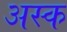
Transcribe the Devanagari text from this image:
अस्क